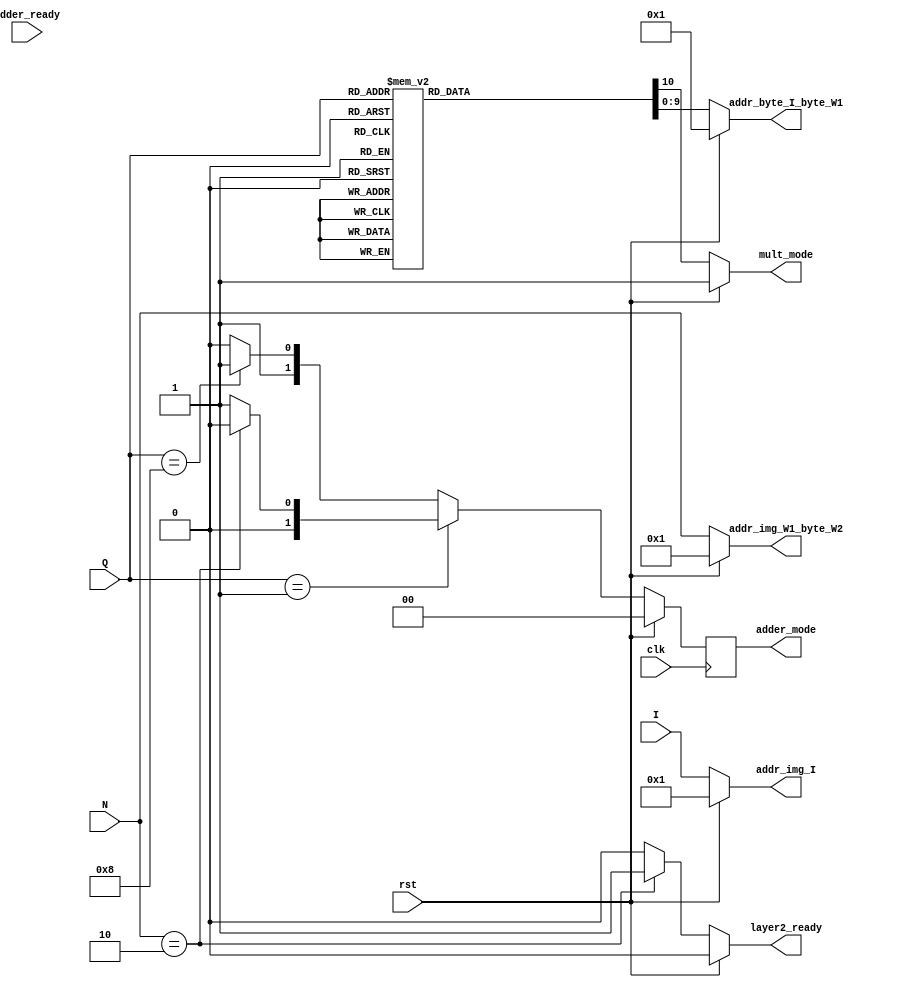
module CTRL(
  rst,
  clk,
  Q,N,I,
  addr_img_I,
  addr_byte_I_byte_W1,
  addr_img_W1_byte_W2,
  mult_mode,
  adder_mode,
  adder_ready,
  layer2_ready
);

input clk,rst;
input [3:0] Q;
input [7:0] N;
input [3:0] I;
output reg [3:0] addr_img_I;
output reg [9:0] addr_byte_I_byte_W1;
output reg [7:0] addr_img_W1_byte_W2;
output reg mult_mode;
output reg [1:0] adder_mode;
input adder_ready;
output reg layer2_ready;

always @(rst or Q or N or I) begin
  if (rst) begin
    addr_img_I = 1; // I 1~10
    addr_byte_I_byte_W1 = 1;//Q 1~8
    addr_img_W1_byte_W2 = 1;//N 1~200
    mult_mode = 1;
  end else begin
    addr_img_I = I;
    addr_img_W1_byte_W2 = N;
    case (Q)
      1 :  begin addr_byte_I_byte_W1 = 1;   mult_mode = 1; end
      2 :  begin addr_byte_I_byte_W1 = 99;  mult_mode = 1; end
      3 :  begin addr_byte_I_byte_W1 = 197; mult_mode = 1; end
      4 :  begin addr_byte_I_byte_W1 = 295; mult_mode = 1; end
      5 :  begin addr_byte_I_byte_W1 = 393; mult_mode = 1; end
      6 :  begin addr_byte_I_byte_W1 = 491; mult_mode = 1; end
      7 :  begin addr_byte_I_byte_W1 = 589; mult_mode = 1; end
      8 :  begin addr_byte_I_byte_W1 = 687; mult_mode = 0; end
      default:begin addr_byte_I_byte_W1 = 0; mult_mode = 1; end
    endcase
  end
end

always @(posedge clk ) begin
  if (rst) begin
    adder_mode <= 0;
  end 
  else begin
    if (Q == 1) begin
      if (N == 2) begin
        adder_mode <= 2'b00;
      end 
      else begin
        adder_mode <= 2'b01;
      end
    end 
    else begin
      if (Q == 8) begin
        adder_mode <= 2'b11;
      end 
      else begin
        adder_mode <= 2'b10;
      end
    end
  end
end

//always @(adder_ready or N or Q or rst) begin
always @(adder_ready) begin
  if (rst) begin
    layer2_ready = 0;
  end else begin
    if (N == 2) begin
    //if (((N == 2) && (Q != 1)) || ((N == 3) && (Q == 1 || Q == 2) )) begin
      layer2_ready = 1;
    end else begin
      layer2_ready = 0;
    end
  end
end

endmodule // CTRL